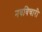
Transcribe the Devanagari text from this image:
नवविचारी